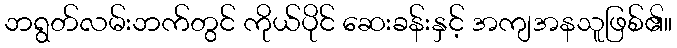
ဘရွတ်လမ်းဘက်တွင် ကိုယ်ပိုင် ဆေးခန်းနှင့် အကျအနသူဖြစ်၏။